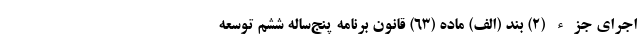
اجرای جزء (۲) بند (الف) ماده (۶۳) قانون برنامه پنج‌ساله ششم توسعه